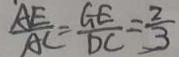
\frac { A E } { A C } = \frac { G E } { D C } = \frac { 2 } { 3 }